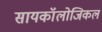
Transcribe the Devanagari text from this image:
सायकॉलोजिकल